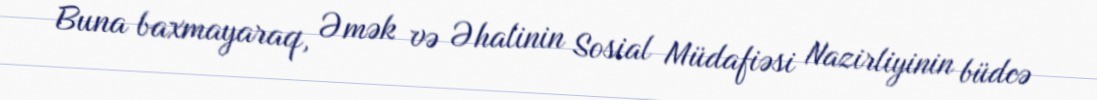
Buna baxmayaraq, Əmək və Əhalinin Sosial Müdafiəsi Nazirliyinin büdcə